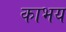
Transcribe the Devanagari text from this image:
काभय